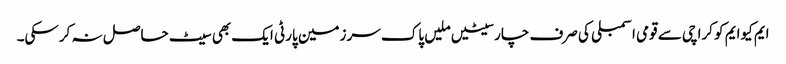
ایم کیوایم کو کراچی سے قومی اسمبلی کی صرف چارسیٹیں ملیں پاک سرزمین پارٹی ایک بھی سیٹ حاصل نہ کرسکی۔